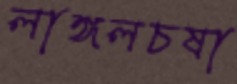
লাঙ্গলচষা